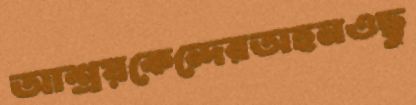
আশ্রয়কেন্দেরঅহনওছু